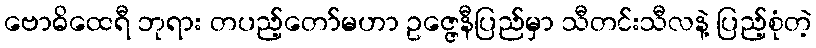
ဗောဓိထေရီ ဘုရား တပည့်တော်မဟာ ဥဇ္ဇေနီပြည်မှာ သီတင်းသီလနဲ့ ပြည့်စုံတဲ့